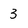
Character: 3